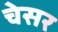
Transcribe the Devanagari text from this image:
चेसर